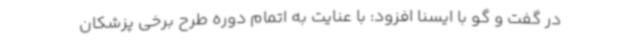
در گفت و گو با ایسنا افزود: با عنایت به اتمام دوره طرح برخی پزشکان